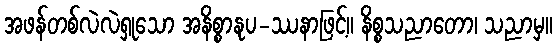
အဖန်တစ်လဲလဲရှုသော အနိစ္စာနုပ-ဿနာဖြင့်။ နိစ္စသညာတော၊ သညာမှ။